Vital statistics of India. Vol. IV, Annual returns from 1871 to 1876. British Army of India, Native Army and jails of Bengal
Year: 1871
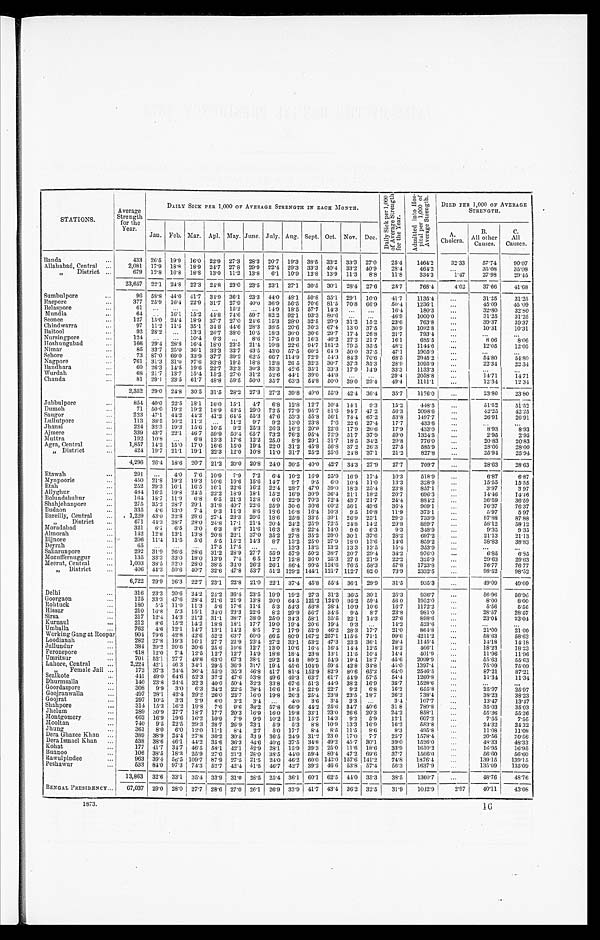
STATIONS..
Averag
Strength
for the
Year.
DAILY SICK PER 1,000 OF AVERAGE STRENGTH IN EACH MONTH.
D a i l y S i c k p e r 1 , 0 0 0 o f A v e r a g e S t r e n g t h f o r t h e Y e a r .
A d m i t t e d i n t o H o s - p i t a l p e r 1 , 0 0 0 o f A v e r a g e S t r e n g t h .
DIED PER 1,000 OF AVERAGE
STRENGTH.
Jan. Feb. Mar. Apl. May. June. July. Aug. Sept. Oct. Nov. Dec.
A.
Cholera.
B.
All other
Causes.
C.
All
Causes.
Banda
433 26.5 19.9 16.0 22.9 27.3 28.3 20.7 19.3 38.5 33.2 33.3 27.0
25.4
1464.2
32.33
57.74
90.07
Allahabad, Central . . .
2,081 17.9 18.8 18.9 24.7 27.8 29.9 22.4 29.3 33.3 40.4 33.2 40.9
28.4
464.2
. . .
35.08
35.08
" District . . .
679 12.8 16.8 18.8 13.0 11.2 13.8
6.1 10.9 12.8 13.9 11.3
8.8
11.8
334.3
1.47
27.98
29.45
23,657 22.1 24.8 22.3 24.8 23.0 23.5 23.1 27.1 30.5 30.1 28.4 27.6
25.7
768.4
4.02
37.66
41.68
Sumbulpore . . .
96 58.8 44.0 41.7 34.9 36.1 23.3 44.0 48.1 50.8 35.1 29.1 10.0
41.7
1135.4
. . .
31.25
31.25
Raepore . . .
377 25.9 16.4 22.9 31.7 27.9 40.0 36.9 56.5 70.6 81.5 70.8 66.9
50.4
1236.1
. . .
45.09
45.09
Belaspore . . .
61
. . .
. . .
. . .
. . .
15.2
. . .
14.9 18.5 57.7 14.3
. . .
. . .
16.4
180.3
. . .
32.80
32.80
Mundla . . .
64
. . . 16.1 15.2 44.8 74.6 59.7 82.2 92.1 93.3 80.6
. . .
. . .
46.9
1000.0
. . .
31.25
3 1 . 2 5
Seonee . . .
127 15.0 24.4 18.9 37.7 27.0 24.6 15.3 28.0 32.5 29.9 31.2 15.2
23.6
763.8
. . .
39.37
3 9 . 3 7
Chindwarra . . .
97 11.2 11.5 35.1 34.8 44.6 28.3 38.5 20.6 30.3 67.4 13.0 37.5
30.9
1092.8
. . .
10.31
1 0 . 3 1
Baitool . . .
92 28.2
. . . 13.3 26.7 38.0 10.5 18.3 30.0 30.6 29.7 17.4 26.8
21.7
793.4
. . .
. . .
. . .
Nursingpore . . .
124
. . .
. . . 10.4 9.3
. . .
8.6 17.5 16.3 16.3 46.2 27.2 21.7
16.1
685.5
. . .
8 . 0 6
8.06
Hoshungabad . . .
166 29.4 28.8 16.4 18.0 23.5 21.4 10.8 22.6 94.7
1 8 1 . 2 79.5 35.5
48.2
1144.6
. . .
12.05
12.05
Nimar . . .
85 33.7 25.0 36.1 33.3 33.7 43.5 43.0 57.5 60.2 64.9 50.0 37.5
47.1
1905.9
. . .
. . .
. . .
Sehore . . .
73 87.0 69.0 33.9 37.7 39.2 62.5 66.7 114.9 72.9 54.3 84.3 70.6
68.5
2945.2
. . .
54.80
54.80
Nagpore . . .
761 31.3 31.0 37.6 33.8 19.5 18.8 12.8 26.5 32.3 30.7 37.3 35.3
28.9
1095.9
. . .
22.34
22 34
Bandhara . . .
60 26.3 14.5 19.6 22.7 32.3 30.3 33.3 42.6 35.1 33.3 17.9 14.9
33.3
1133.3
. . .
. . .
. . .
Wurdah . . .
68 21.7 13.7 15.4 15.2 27.0 31.2 52.6 44.1 39.0 44.8
. . .
. . .
29.4
2058.8
. . .
1 4 . 7 1
14.71
Chanda . . .
81 29.1 23.5 61.7 48.8 59.5 50.0 35.7 63.3 54.8 50.0 39.0 29.4
49.4
1111.1
. . .
12.34
12.34
2,352 29.0 24.8 30.5 31.5 28.2 27.3
2 7 . 2 39.8 49.0 55.9 42.4 36.4
35.7
1176.0
. . .
2 3 . 8 0
23.80
Jubbulpore . . .
854 40.0 22.5 18.1 16.0 15.1
4 . 7 6.8 12.8 12.7 10.4 14.1
9.3
15.2
448.5
. . .
51.52
51.52
Dumoh . . .
71 50.0 19.2 19.2 18.9 43.5 29.0 72.5 77.9 95.7 81.6 94.7 47.2
56.3
2098.6
. . .
42.25
4 2 . 2 5
Saugor . . .
223 47.1 44.2 44.2 41.2 64.5 55.3 47.6 53.3 55.8 56.1 74.4 67.2
53.8
1497.7
. . .
26.91
26.91
Lullutpore . . .
113 38.5 10.2 11.2
. . .
11.2
9.7
9.2 13.0 23.8
7.6 22.6 27.4
17.7
433.6 . . .
. . .
. . .
Jhansi . . .
224 32.3 19.3 15.6 10.5
9.2 25.3 26.3 16.2 20.0 22.6 17.9 20.6
17.9
433.0 . . .
8.93
8.93
Ajmere . . .
339 43.7 22.1 46.7 59.9 50.4 65.7 73.2 76.2 95.4 72.9 51.7 37.9
59.0
1324.5
. . .
2.95
2.95
Muttra . . .
192 10.8
. . .
6.8 13.3 17.6 12.2 25.0
8.9 29.1 31.7 18.5 34.2
20.8
776.0 . . .
20.83
20.83
Agra, Central . . .
1,857 14.2 15.0 17.0 16.6 15.0 19.4 22.0 31.2 45.8 56.8 37.2 26.3
27.5
585.9
. . .
28.00
28.00
" District . . .
424 19.7 21.1 19.1 22.3 12.0 10.8 11.0 31.7 25.2 25.6 24.8 37.1
21.2
827.8
. . .
25.94
25.94
4,296 26.4 18.6 20.7 21.2 20.0 20.8 24.0 30.5 40.0 42.7 34.3 27.9
27.7
709.7
. . .
28.63
28.63
Etawah . . .
291
. . .
4.0
7.6 10.9
7.9
7.2
6.4 10.2 16.9 25.9 16.9 17.4
10.3
518.9 . . .
6.87
6.87
Mynpoorie . . .
450 21.8 19.2 19.3 10.6 10.6 15.6 14.7
9 . 7 9.5
6.0 10.4 11.0
13.3
328.9
. . .
15.55
15.55
Etah . . .
252 29.3 16.1 16.5 16.1 22.6 16.2 22.4 28.7 47.0 39.0 18.3 25.4
23.8
857.1
. . .
3.97
3.97
Allygthor . . .
484 16.5 19.8 24.5 22.2 18.9 18.1 15.2 16.9 30.9 36.4 21.1 18.2
20.7
696.3
. . .
14.46
14.46
Bolundshuhur . . .
164 18.7 11.9 6.8
6.5 21.3 12.8
6.0 22.9 70.3 72.4 43.7 21.7
24.4
884.2 . . .
36.59
36.59
Shahjehanpore . . .
275 35.2 28.7 29.1 31.8 40.7 22.6 25.9 30.6 30.6 60.2 56.1 49.6
36.4
909.1
. . .
76.37
76.37
Budaon . . .
335
4.6 13.0 7.4
9.3 11.3
8.6 18.6 16.8 16.4 10.3
9.5 10.8
11.9
373.1
. . .
5.97
5.97
Bareilly, Central . . .
1,229 43.0 32.8 28.6 27.4 23.3 20.6 18.6 25.8 33.5 39.1 26.9 25.1
29.3
733.9
. . .
87.88
87.88
" District . . .
671 44.3 38.7 28.0 24.8 17.1 21.4 20.4 24.2 25.9 72.5 24.8 14.2
29.8
889.7 . . .
58.12
58.12
Moradabad . . .
321
6.1 6.5
3.0
6.3
8.7 11.6 16.3
8.8 22.4 11.0 9.6
6.3
9.3
348.9 . . .
9.35
9.35
Almorah . . .
142 12.8 13.1 13.8 20.8 22.1 37.0 35.2 27.8 35.2 29.0 30.1 37.6
28.2
697.2 . . .
21.13
21.13
Bijnore . . .
206 11.4 11.5
5.6
5 . 5 15.2 14.3
8.7 13.2 25.0 27.9 18.0 13.6
14.6
859.2
. . .
38.83
38.83
Deyrah . . .
65
. . .
. . .
. . .
17.5 17.5
. . .
. . .
13.3 13.3 13.2 13.3 13.5
15.4
353.9
. . .
. . .
. . .
Sabarunpore . . .
292 31.9 26.6 28.6 31.2 28.9 27.7 55.9 57.9 50.2 38.7 20.7 29.4
34.2
976.0
. . .
6.85
6.85
Mozuffernuggur . . .
135 33.3 33.0 18.0 13.9
7.4
6 5 12.7 12.8 36.0 25.3 27 6 21.9
22.2
325.9 . . .
29.63
29.63
Meerut, Central . . .
1,003 38.5 32.0 28.0 38.5 34.0 26.2 26.1 86.4 99.5 124.6 76.5 58.3
57.8
1723.8
. . .
76.77
76.77
" District . . .
406 44.3 50.6 40.7 32.6 47.8 53.7 51.2 129.2 144.1 121.7 112.7 82 0
73.9
2332.5
. . .
98.52
98.52
6,722 29.9 26.3 22.7 23.1 22.8 21.0 22.1 37.4 45.8 55.4 36.1 29.9
31.5
935.3
. . .
49.09
49.09
Delhi . . .
316 23.3 20.6 24.2 24.2 36.4 23.5 19.9 19.2 27.3 31.2 36.5 30.1
25.3
936.7
. . .
56.96
56.96
Goorgaon . . .
125 33.3 47.6 28.4 21.6 21.9 13.8 20.0 64.5 121.2 124.0 95.2 59.4
56 0
1952.0 . . .
8.00
8.00
Rohtuck . . .
180
5.5 14.0 11.3
5.6 17.6 11.4 5.3 54.3 56.8 28.4 10.9 10.6
16.7
1172.2
. . .
5.56
5.56
Hissar . . .
210 16.8
5.3 15.1 34.0 23.3 22.6
8.2 29.9 56.7 34.5
9.5
8.7
23.8
981.0
. . .
28.57
28.57
Sirsa . . .
217 12.4 14.3 21.2 31.1 38.7 38.0 25.0 34.3 58.1 35.5 22.1 14.3
27.6
898.6
. . .
23.04
23.04
Kurnaul . . .
212
8.6 15.2 14.2 18.8 18.1 17.7 19.0 19.4 20.6 19.4 9.3
. . .
14.2
523.6 . . .
. . .
. . .
Umballa . . .
762 4.6 12.1 14.7 13.1 14.2
8.5
7.2 17.9 52.9 46.2 28.3 17.7
21.0
864.8
. . .
21.00
21.00
Working Gang at Roopar
904 79.6 42.8
2.6 52.2 63.7 60.0 66.5 80.9 167.2 257.1 115.5 71.1
99.6
4211.2
. . .
58.63
58.63
Loodianah . . .
282 27.8 19.3 16.1 27.7 22.9 23.4 27.2 33.1 53.2 47.3 23.3 36.1
28.4
1145.4
. . .
14.18
14.18
Jullundur . . .
384 29.2 20.6 20.6 25.6 19.6 12.7 13.0 10.6 16.4 16.4 14.4 12.5
18.2
466.1 . . .
18.23
18.23
Ferozepore . . .
418 12.0 7.4 12.5 12.7 12.7 14.9 18.8 18.4 23.8 13.1 11.5 10.4
14.4
401.9
. . .
11.96
1 1 . 9 6
Umritsur . . .
701 52.1 27.7 48.8 63.0 67.3 38.1 29.2 44 8 80.2 54.9 19.4 18.7
45.6
2099.9
. . .
55.63
55.63
Lahore, Central . . .
2,224 42.1 46.3
3 4 . 1 29.5 36.9 31.7 19.4 45.6 104.9 59.4 42.8 34.8
45.0
1397.4
. . .
75.09
75.09
" Female Jail . . .
172 37.3 24.4 36.4 55.9 35.3 46.8 41.7 81.4 152.9 82.9 80.6 65.2
64.0
2546.5
. . .
87.21
87.21
Sealkote . . .
441 49.0 64.6 52.3 37.2 47.6 53.8 49.6 49.3 63.7 61.7 54.9 57.5
54.4
1260.8
. . .
11.34
11.34
Dhurmsalla . . .
140 23.8 24.4 32.3 40.0 50.4 32.3 33.8 67.6 51.3 44.9 38.2 16.9
35.7
1528.6
. . .
. . .
. . .
Goordaspore . . .
308
9.9 3.0
6.3 24.2 22.5 28.4 16.6 18.5 22.9 22.7 9.2
6.8
16.2
655.8
. . .
25.97
25.97
Goojranwalla . . .
497 28.1 42.4 29.2 26.0 23.7 16.0 19.8 26.3 25.4 23.8 23.5 18.7
26.2
738.4
. . .
38.23
38.23
Goojrat . . .
297 10.5
3.3
2.9
6.0
3.2
3.4
. . . 4.0
3.6
3.4
3.3 . . .
3.4
107.7
. . .
13.47
13.47
Shahpore . . .
314 15.3 16.2 19.8
7.6
9.6 38.2 57.8 66.9 44.2 25.6 34.7 40.6
31 8
789.8 . . .
35.03
35.03
Jhelum . . .
289
3 0 . 9 27.7 18.7 17.7 20.3 16.9 16.0 19.8 33.1 23.0 26.6 20.3
24.2
858.1
. . .
55.36
55.36
Montgomery . . .
662 16.9 19.6 16.2 10.9
7.9
9.9 10.2 15.5 15.7 14.3
9.2
5.9
12.1
607.2 . . .
7.55
7.55
Mooltan . . .
740 9.5 22.5 29.3 28.7 26.9 23.1
5.9
5.3 8.8 10.9 13.3 16.9
16.2
583.8 . . .
24.32
24.32
Jhung . . .
361
8.0
6.0
1 2 . 0 11.1
8.4
2.7
5.0 17.7 8.4
8.5 11.5
8.6
8.3
495.8
. . .
11.08
11.08
Dora Ghazee Khan . . .
389 38.9 24.4 27.8 30.2 30.5 33.9 36.5 24.9 31.2 23 0 17.0
7.7
25.7
1578.4
. . .
20.56
20.56
Dora Ismael Khan . . .
538 38.6 46.1 44.2 35.6 36.3 44.6 40.6 37.5 34.8 49.2 45.7 30.1
39.0
1526.0 . . .
48.33
48.33
Kohat . . .
177 41.7 34.7
4 6 . 5 58.1 42.1 52.9 28.1 15.9 39.3 25.0 11.6 18.6
33.9
1610.2
. . .
16.95
16.95
Bunnoo . . .
106 38.5 18.3 25.9 27.0 21.3 28.0 38.5 44.0 59.4 80.4 47.2 69.6
37.7
1566.0
. . .
56.60
56.60
Rawulpindee . . .
963 39.4 56.5 109
87.9 27.5 21.5 24.0 46.2 60.0 143.0 157.6 141.2
74.8
1876.4 . . .
139.15
139.15
Peshawur . . .
533 84.0 97.3
7 4 . 3 52.7 42.4 41.5 46.7 42.7 39.2 46.6 53.8 57.4
56.3
1637.9
. . . 135.09
135.09
13,863 32.6 33.1 35.4 33.9 31.0 28.5 25.4 36.1 60.1 62.5 44.0 35.3
38.5
1360.7
. . .
48.76
48.76
BENGAL PRESIDENCY . . .
67,037 29.0 28.0 27.7
2 8 . 6 27.0
2 6 . 1 26.9 33.9 41.7 43.4 36.2 32.5
31.9
1042.9 2.97
40.11 43.08
1873.
16